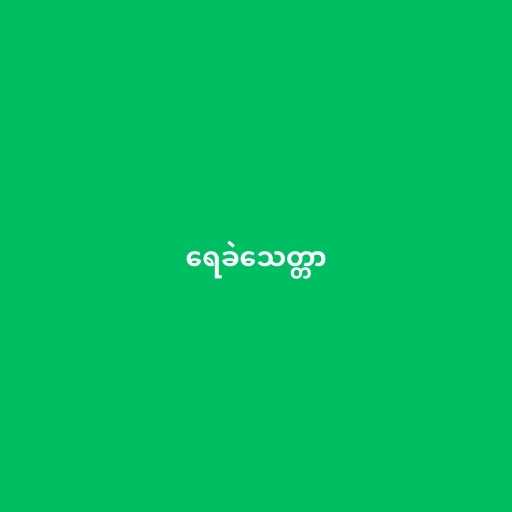
ရေခဲသေတ္တာ